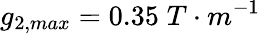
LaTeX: g_{2,max}=0.35\; T\cdot m^{-1}